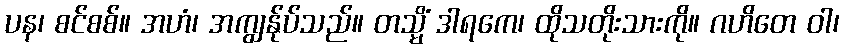
ပန၊ စင်စစ်။ အဟံ၊ အကျွန်ုပ်သည်။ တသ္မိံ ဒါရကေ၊ ထိုသတိုးသားကို။ ဂဟိတေ ဝါ၊